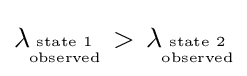
\lambda \!_{{\text{state 1}} \atop {\text{observed}}}>\,\lambda \!_{{\text{state 2}} \atop {\text{observed}}}\!